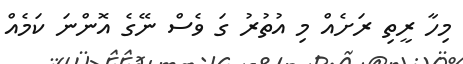
މިހާ ރީތި ރަށެއް މި އުތުރު ގަ ވެސް ނޭގެ އޮންނަ ކަމެއް